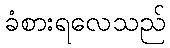
ခံစားရလေသည်